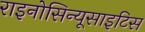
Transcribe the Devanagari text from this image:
राइनोसिन्यूसाइटिस